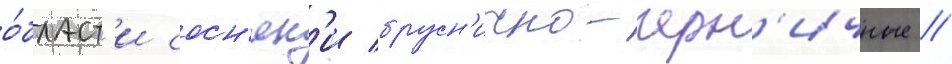
о́бласт'и сосн'як'и брусн'ично-черн'ичные //